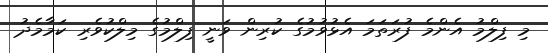
މި ފިލްމު އެންމެ ފުރަތަމަ އެޅުވުމުގެ ކުރިން ވަނީ ފިލްމުގެ މިލްކުވެރި ކަމާމެދު